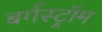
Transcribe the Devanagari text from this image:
बर्गस्ट्रॉम